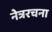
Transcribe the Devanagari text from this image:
नेत्ररचना